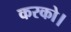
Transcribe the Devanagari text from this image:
करको।